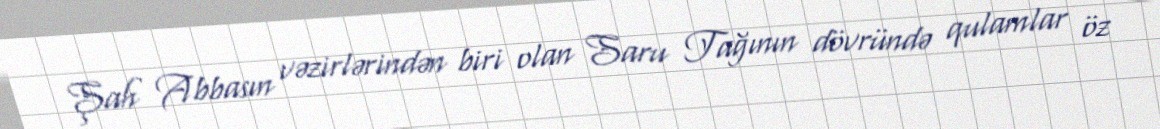
Şah Abbasın vəzirlərindən biri olan Saru Tağının dövründə qulamlar öz